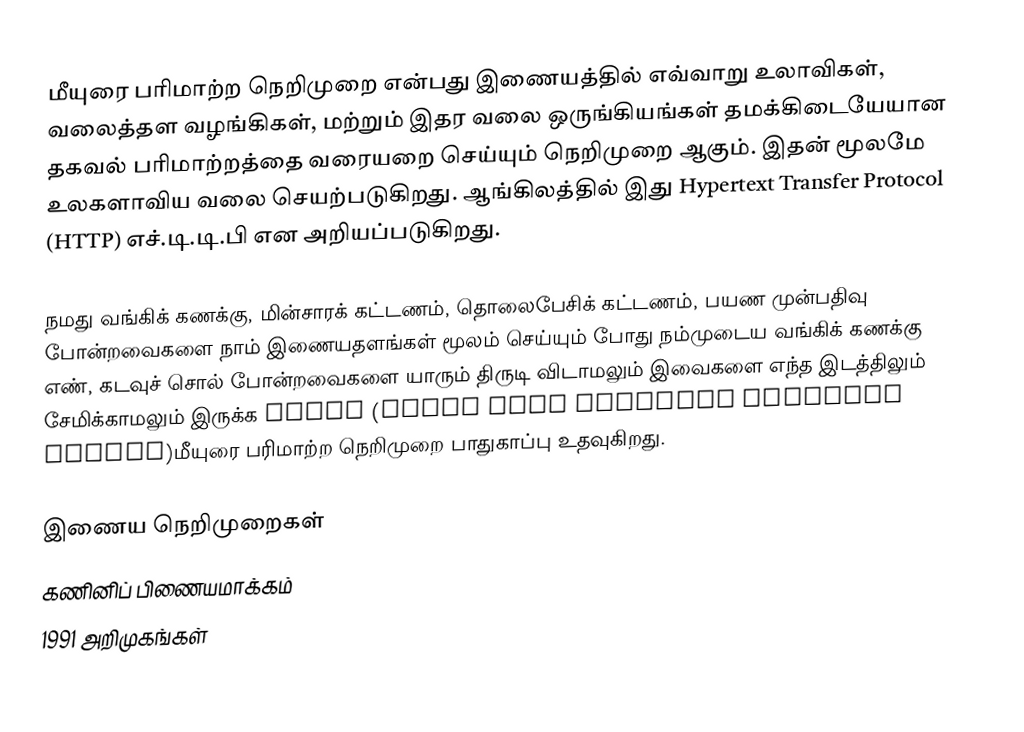
மீயுரை பரிமாற்ற நெறிமுறை என்பது இணையத்தில் எவ்வாறு உலாவிகள், வலைத்தள வழங்கிகள், மற்றும் இதர வலை ஒருங்கியங்கள் தமக்கிடையேயான தகவல் பரிமாற்றத்தை வரையறை செய்யும் நெறிமுறை ஆகும். இதன் மூலமே உலகளாவிய வலை செயற்படுகிறது. ஆங்கிலத்தில் இது Hypertext Transfer Protocol (HTTP) எச்.டி.டி.பி என அறியப்படுகிறது.

நமது வங்கிக் கணக்கு, மின்சாரக் கட்டணம், தொலைபேசிக் கட்டணம், பயண முன்பதிவு போன்றவைகளை நாம் இணையதளங்கள் மூலம் செய்யும் போது நம்முடைய வங்கிக் கணக்கு எண், கடவுச் சொல் போன்றவைகளை யாரும் திருடி விடாமலும் இவைகளை எந்த இடத்திலும் சேமிக்காமலும்  இருக்க https (hyper text transfer protocol secure)மீயுரை பரிமாற்ற  நெறிமுறை  பாதுகாப்பு  உதவுகிறது.

இணைய நெறிமுறைகள்
கணினிப் பிணையமாக்கம்
1991 அறிமுகங்கள்